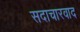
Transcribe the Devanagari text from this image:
सदाचारवाद